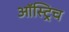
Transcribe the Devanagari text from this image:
ऑस्ट्रिच